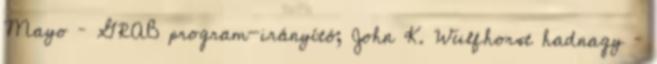
Mayo – GRAB program-irányító; John K. Wulfhorst hadnagy –